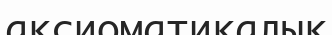
аксиоматикалық